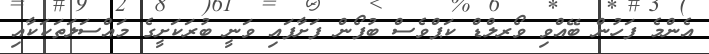
އެންމެ ފަހުން ބޭއްވި ވޯރލްޑް ކަޕްވެސް ބުފޯން ފަށާފައި ވަނީ ބުރަކަށީގެ މައްސަލަތަކަކާއި